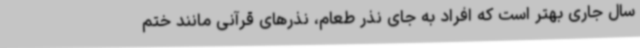
سال جاری بهتر است که افراد به جای نذر طعام، نذرهای قرآنی مانند ختم